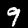
Label: 9